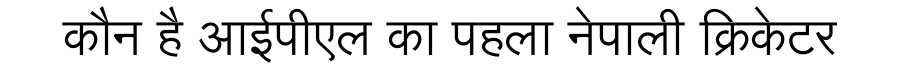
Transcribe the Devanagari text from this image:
कौन है आईपीएल का पहला नेपाली क्रिकेटर